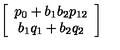
\left[ \begin{array} { c } { p _ { 0 } + b _ { 1 } b _ { 2 } p _ { 1 2 } } \\ { b _ { 1 } q _ { 1 } + b _ { 2 } q _ { 2 } } \\ \end{array} \right]